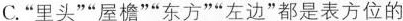
C.”里头””屋檐””东方””左边”都是表方位的